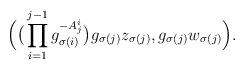
LaTeX: \begin{align*} \Big(\big(\prod_{i=1}^{j-1}g_{\sigma(i)}^{-A^i_j}\big)g_{\sigma(j)}z_{\sigma(j)},g_{\sigma(j)}w_{\sigma(j)}\Big).\end{align*}